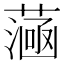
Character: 𦻭